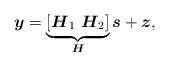
LaTeX: \begin{align*}\boldsymbol{y}=\underbrace{[\boldsymbol{H}_1 \ \boldsymbol{H}_2]}_{\boldsymbol{H}}\boldsymbol{s}+\boldsymbol{z},\end{align*}